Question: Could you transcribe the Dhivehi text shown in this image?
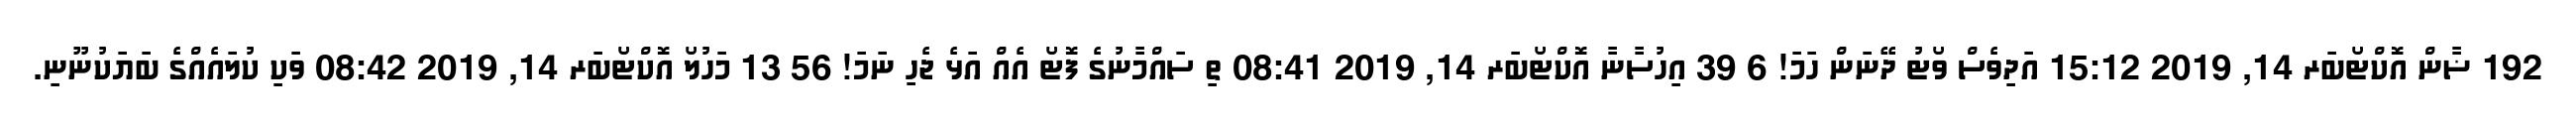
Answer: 192 ޟާން އޮކްޓޯބަރ 14, 2019 15:12 އަދިވެސް ވޯޓު ދޭނަން ހަމަ! 6 39 އިހުސާނާ އޮކްޓޯބަރ 14, 2019 08:41 ތި ސައްމާނުގެ ފޮޓޯ އެއް އަޅެ ޖެހި ނަމަ! 56 13 މަހުލޯ އޮކްޓޯބަރ 14, 2019 08:42 ވަކި ކުލައެއްގެ ބަޔަކުނޫނި.